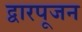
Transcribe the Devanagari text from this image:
द्वारपूजन